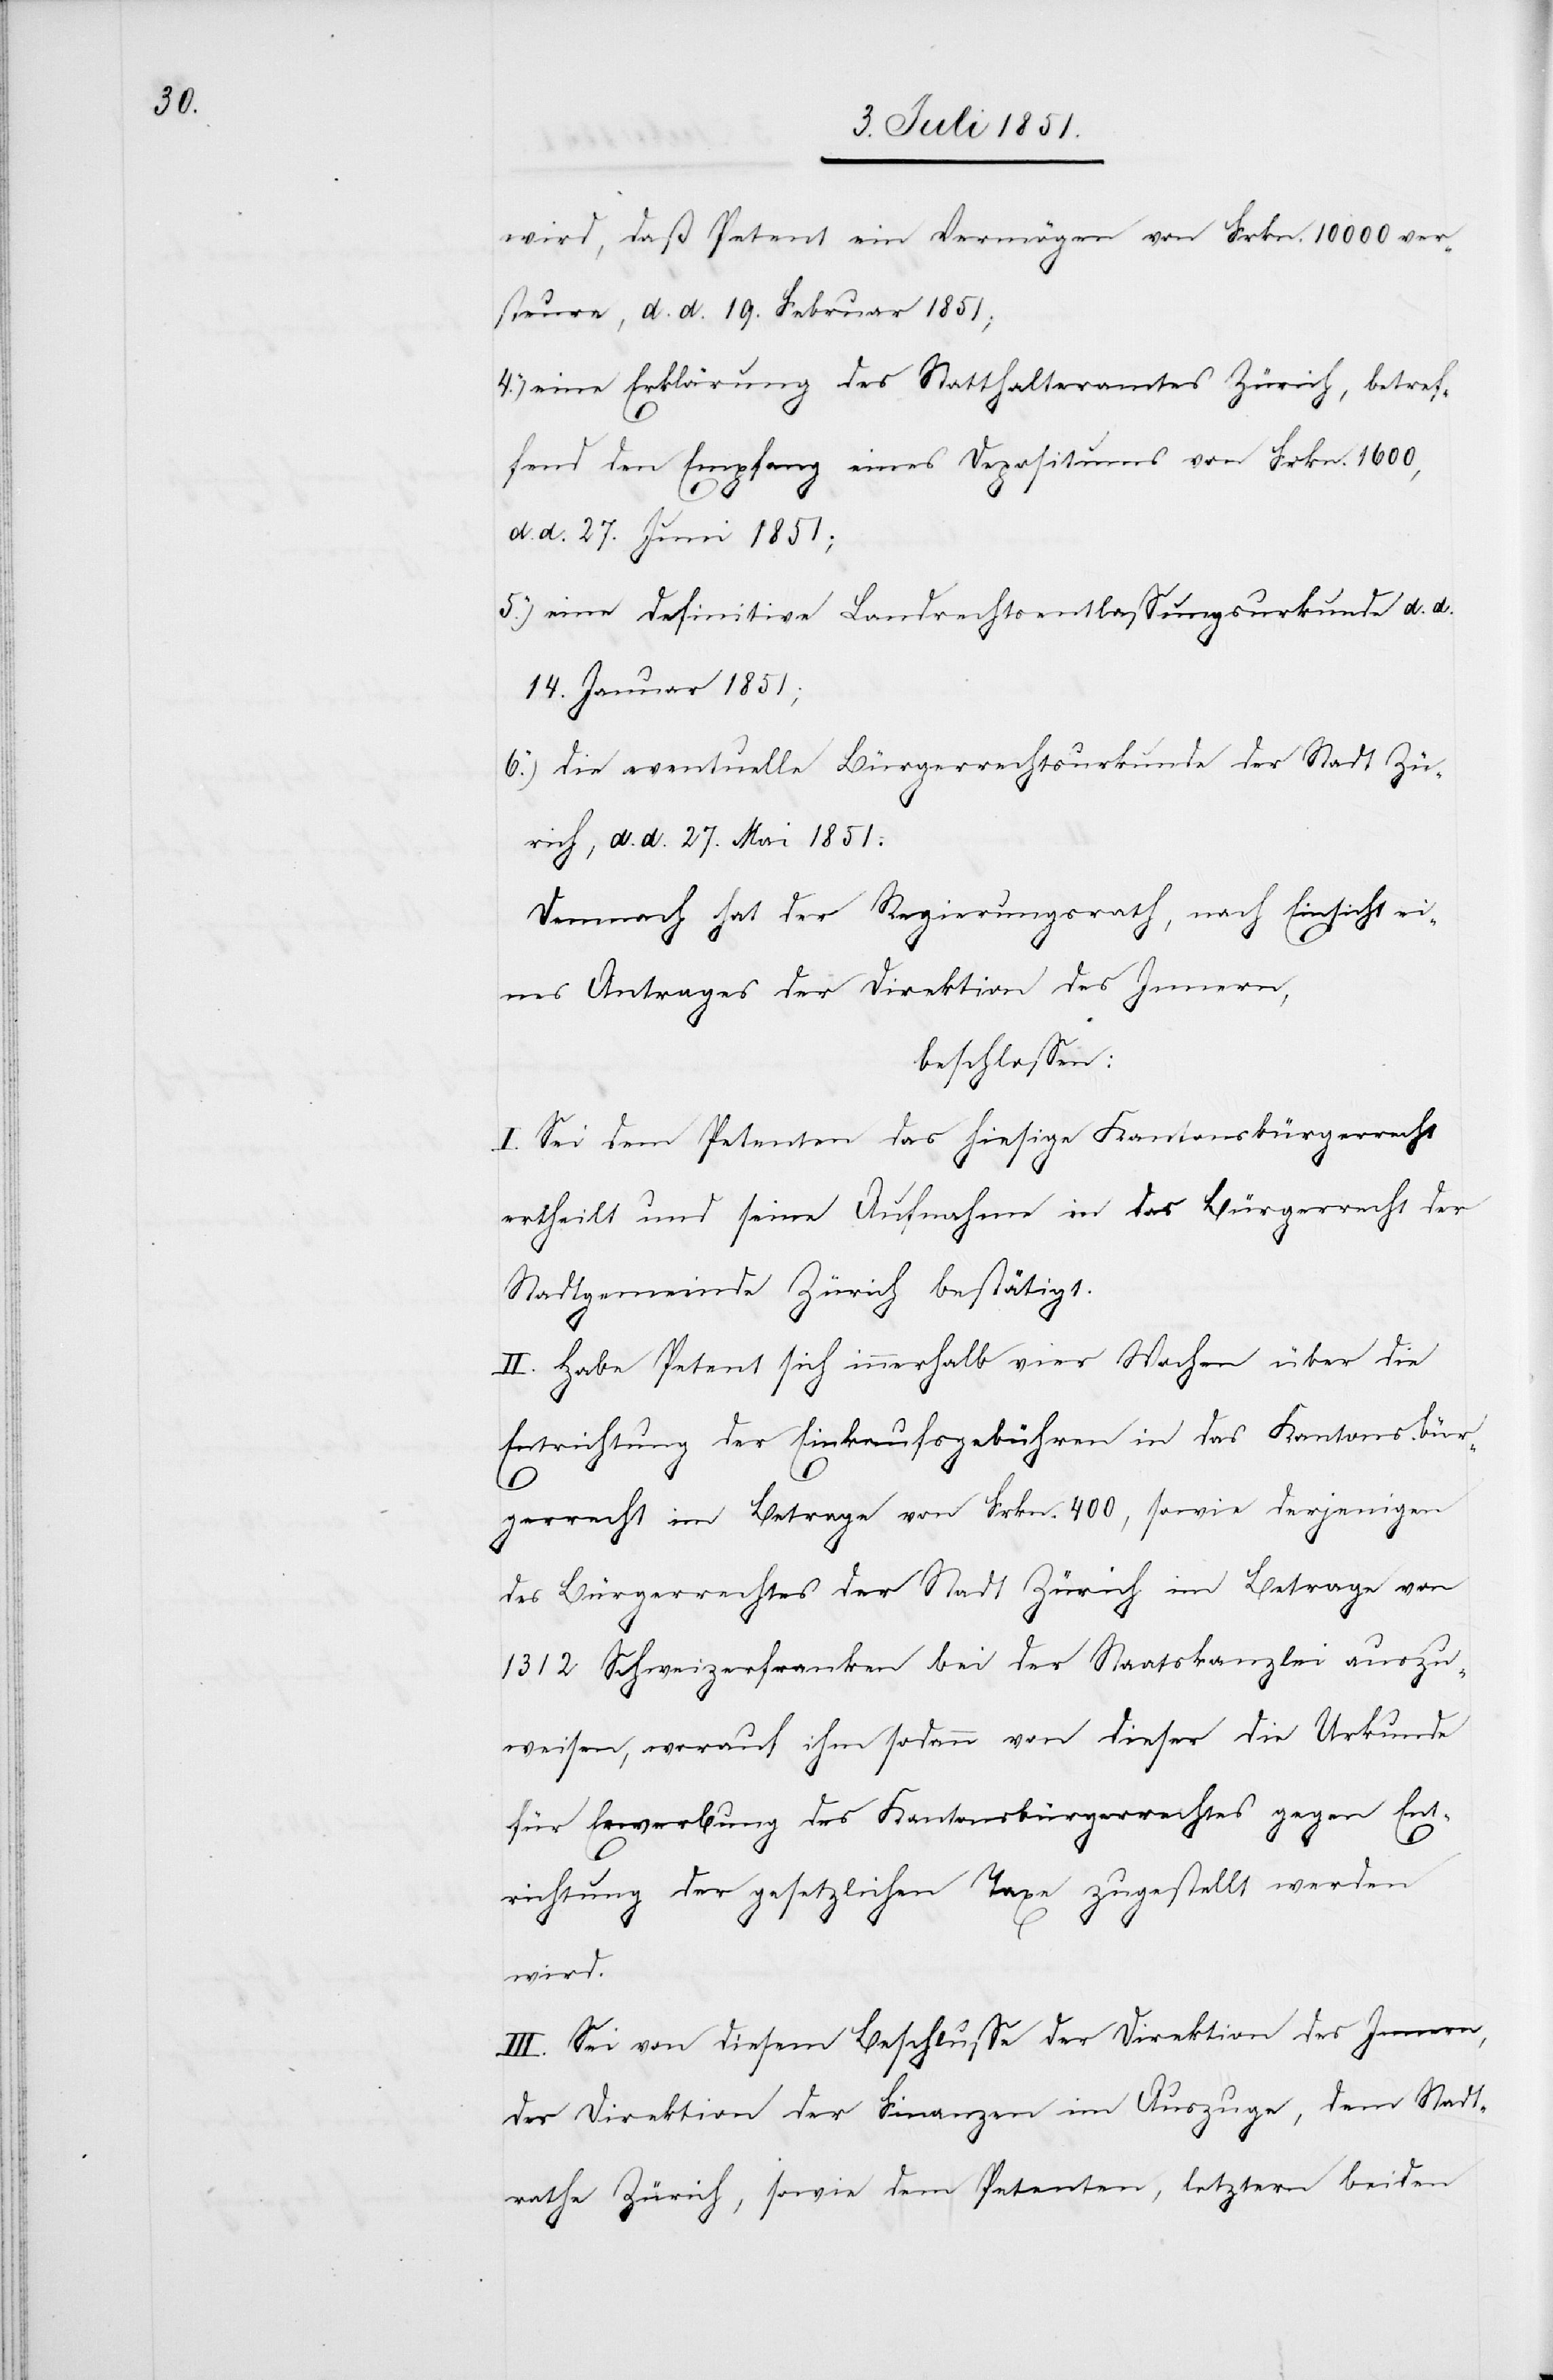
wird, daß Petent ein Vermögen von Frkn. 10 000 ver¬
steure, d. d. 19. Februar 1851;
eine Erklärung des Statthalteramtes Zürich, betref¬
fend den Empfang eines Depositums von Frkn. 1600,
d. d. 27. Juni 1851;
eine definitive Landrechtsentlassungsurkunde d. d.
14. Januar 1851;
die eventuelle Bürgerrechtsurkunde der Stadt Zü¬
rich, d. d. 27. Mai 1851.
Demnach hat der Regierungsrath, nach Einsicht ei¬
nes Antrages der Direktion des Innern,
beschlossen:
I. Sei dem Petenten das hiesige Kantonsbürgerrecht
ertheilt und seine Aufnahme in das Bürgerrecht der
Stadtgemeinde Zürich bestätigt.
II. Habe Petent sich innerhalb vier Wochen über die
Entrichtung der Einkaufsgebühren in das Kantonsbür¬
6.)
gerrecht im Betrage von Frkn. 400, sowie derjenigen
des Bürgerrechtes der Stadt Zürich im Betrage von
1312 Schweizerfranken bei der Staatskanzlei auszu¬
weisen, worauf ihm sodann von dieser die Urkunde
für Erwerbung des Kantonsbürgerrechtes gegen Ent¬
richtung der gesetzlichen Taxe zugestellt werden
wird.
III. Sei von diesem Beschlusse der Direktion des Innern,
der Direktion der Finanzen im Auszuge, dem Stadt¬
rathe Zürich, sowie dem Petenten, letztern beiden